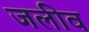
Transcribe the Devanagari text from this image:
जलीव